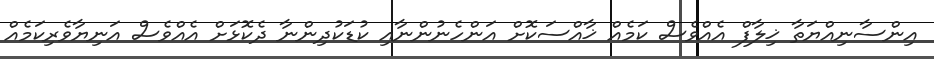
އިންސާނިއްޔަތާ ޚިލާފް އެއްވެސް ކަމެއް ޚާއްސަކޮށް އަންހެނުންނާއި ކުޑަކުދިންނާ ދެކޮޅަށް އެއްވެސް އަނިޔާވެރިކަމެއް